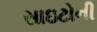
સાઇટોની